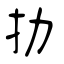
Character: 劧